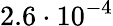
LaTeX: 2.6\cdot 10^{-4}